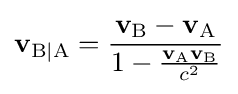
\mathbf {v} _{\mathrm {B|A} }={\frac {\mathbf {v} _{\mathrm {B} }-\mathbf {v} _{\mathrm {A} }}{1-{\frac {\mathbf {v} _{\mathrm {A} }\mathbf {v} _{\mathrm {B} }}{c^{2}}}}}